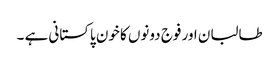
طالبان اور فوج دونوں کا خون پاکستانی ہے ۔